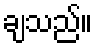
ချသည်။